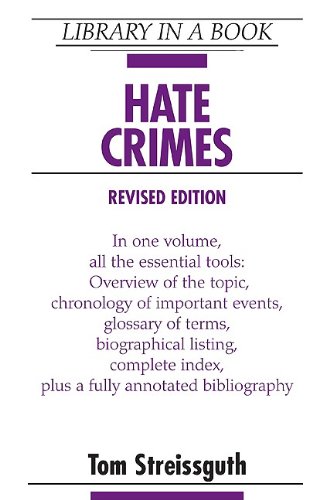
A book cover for Hate Crimes (Library in a Book); Tom Streissguth; Teen & Young Adult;